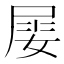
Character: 𡝼